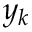
y _ { k }